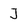
Character: J